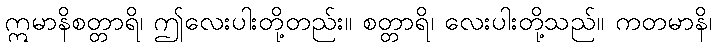
ဣမာနိစတ္တာရိ၊ ဤလေးပါးတို့တည်း။ စတ္တာရိ၊ လေးပါးတို့သည်။ ကတမာနိ၊